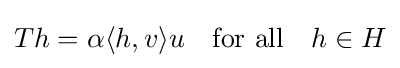
Th=\alpha \langle h,v\rangle u\quad {\mbox{for all}}\quad h\in H